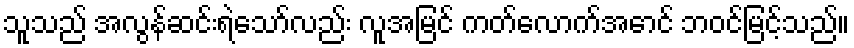
သူသည် အလွန်ဆင်းရဲသော်လည်း လူအမြင် ကတ်လောက်အောင် ဘဝင်မြင့်သည်။